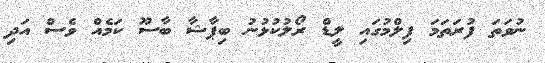
ނުވަތަ ފުރަތަމަ ފިލްމުގައި ލީޑް ރޯލުކުޅުނު ބިޕާޝާ ބާސޫ ކަމެއް ވެސް އަދި